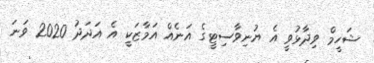
ޝަހީމް ވިދާޅުވީ އެ ޔުނިވާސިޓީގެ އަނެއް އަމާޒަކީ އެ އަދަދު 2020 ވަނަ